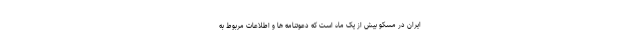
ایران در مسکو بیش از یک ماه است که دعوتنامه ها و اطلاعات مربوط به